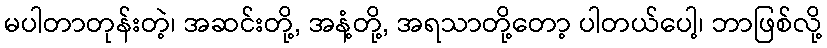
မပါတာတုန်းတဲ့၊ အဆင်းတို့, အနံ့တို့, အရသာတို့တော့ ပါတယ်ပေါ့၊ ဘာဖြစ်လို့